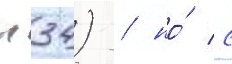
п34) / но́ с